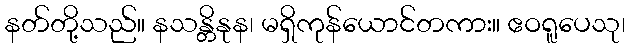
နတ်တို့သည်။ နသန္တိနုန၊ မရှိကုန်ယောင်တကား။ ဧဝရူပေသု၊